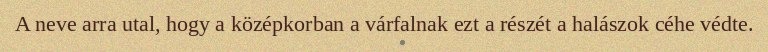
A neve arra utal, hogy a középkorban a várfalnak ezt a részét a halászok céhe védte.